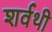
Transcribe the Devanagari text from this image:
शर्वथी